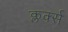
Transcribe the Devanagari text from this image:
क्लर्क्स